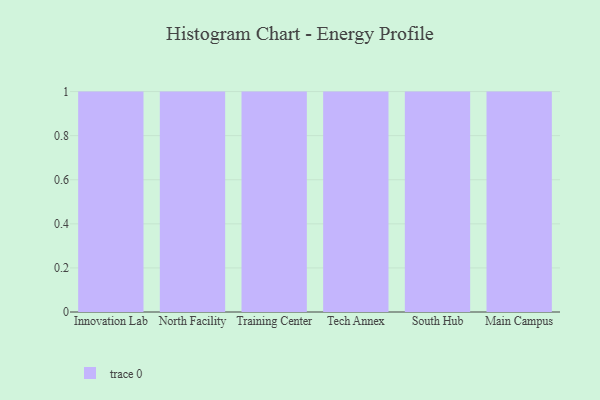
{"axis": {"x": "Campus", "y": "Population (Million)"}, "legend": [""], "data": [{"x": "Innovation Lab", "y": 16, "type": ""}, {"x": "North Facility", "y": 51, "type": ""}, {"x": "Training Center", "y": 7, "type": ""}, {"x": "Tech Annex", "y": 100, "type": ""}, {"x": "South Hub", "y": 40, "type": ""}, {"x": "Main Campus", "y": 63, "type": ""}]}